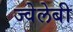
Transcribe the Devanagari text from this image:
ज्वेलेबी